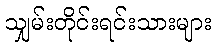
သျှမ်းတိုင်းရင်းသားများ